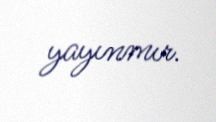
yayınmır.